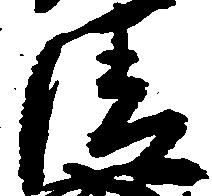
清